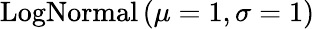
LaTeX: \mathrm{LogNormal}\left(\mu=1,\sigma=1\right)